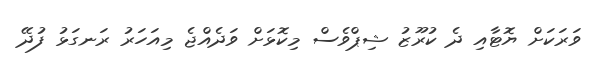
ވަރަކަށް ޔޮޓާއި ދެ ކުރޫޒު ޝިޕްވެސް މިކޮޅަށް ވަދެއްޖެ މިއަހަރު ރަނގަޅު ފުދޭ